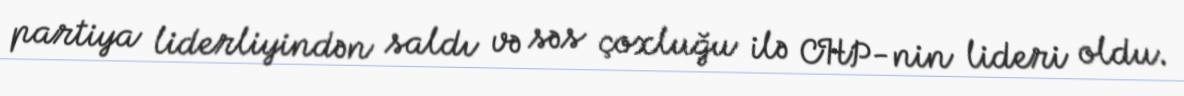
partiya liderliyindən saldı və səs çoxluğu ilə CHP-nin lideri oldu.